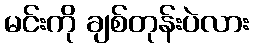
မင်းကို ချစ်တုန်းပဲလား